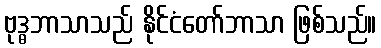
ဗုဒ္ဓဘာသာသည် နိုင်ငံတော်ဘာသာ ဖြစ်သည်။